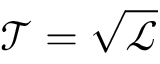
\mathscr { T } = \sqrt { \mathscr { L } }